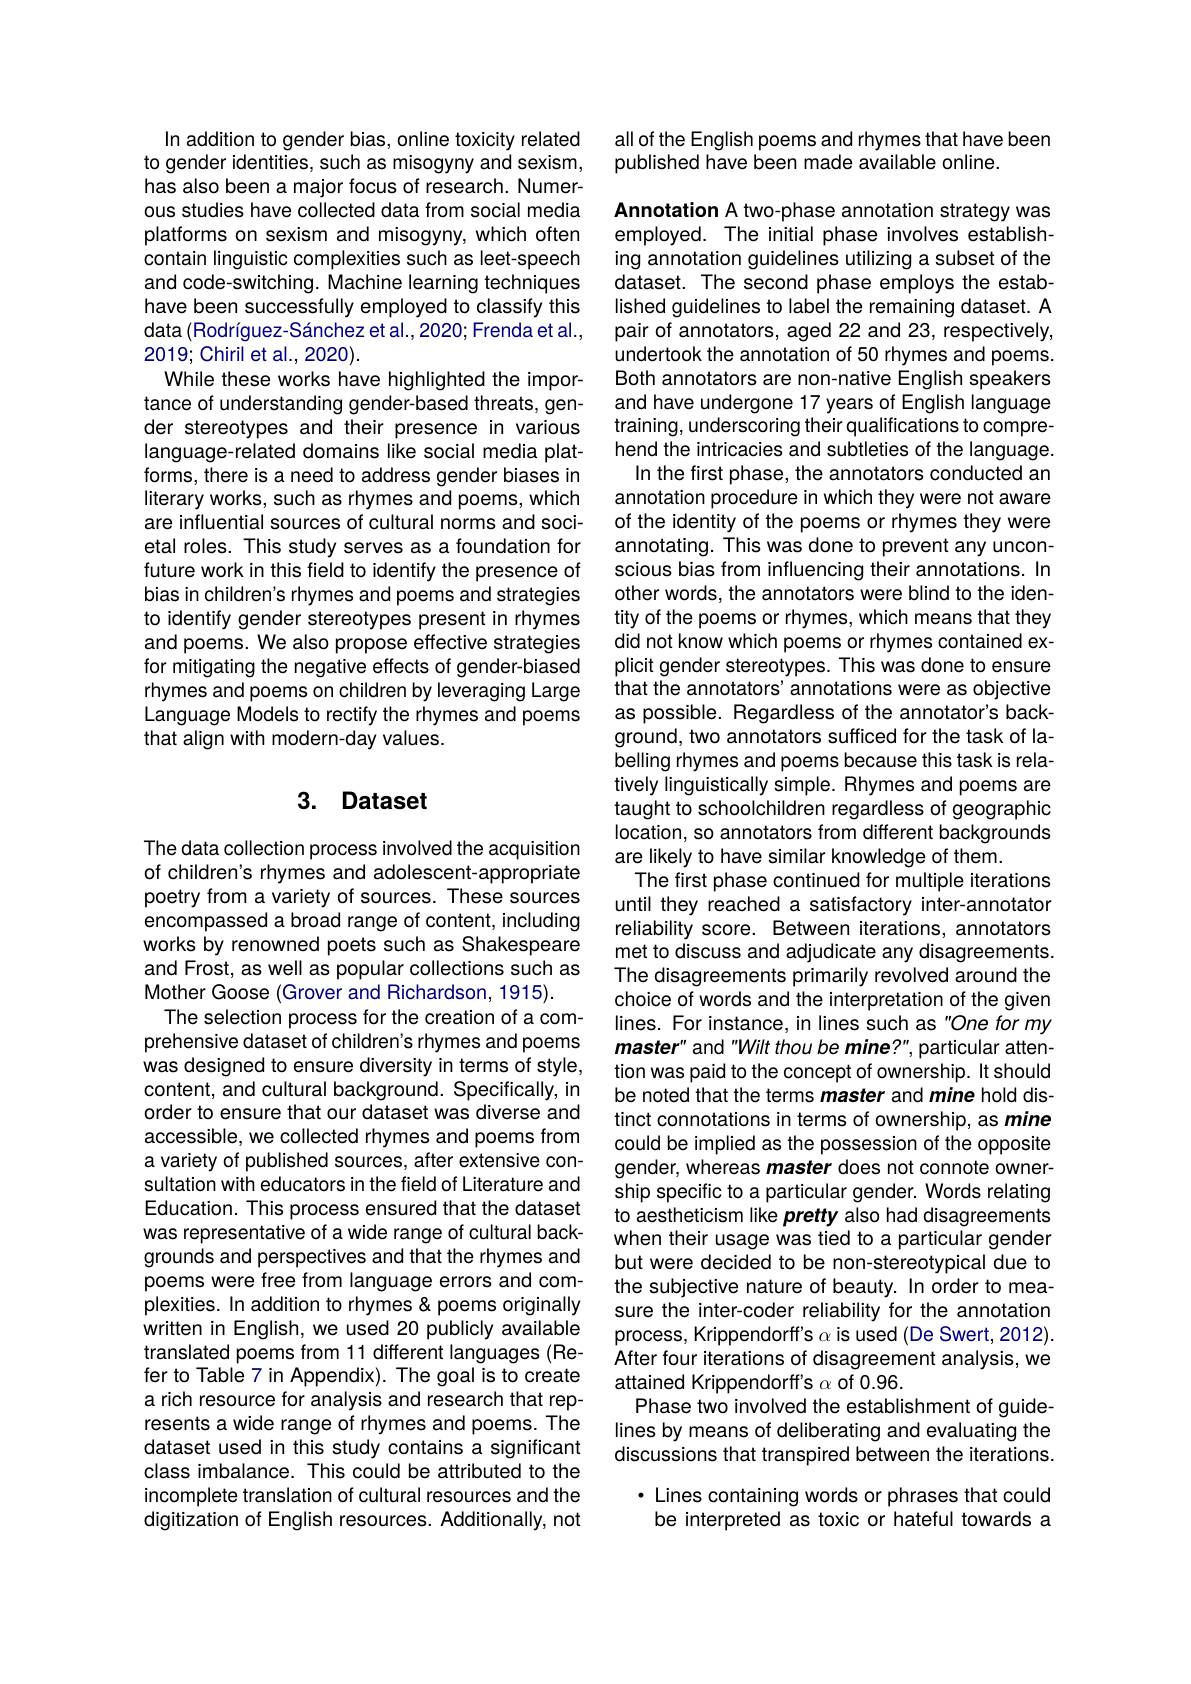
In addition to gender bias, online toxicity related to gender identities, such as misogyny and sexism, has also been a major focus of research. Numerous studies have collected data from social media platforms on sexism and misogyny, which often contain linguistic complexities such as leet-speech and code-switching. Machine learning techniques have been successfully employed to classify this data (Rodríguez-Sánchez et al.,2020; Frenda et al., 2019; Chiril et al., 2020).
While these works have highlighted the importance of understanding gender-based threats, gender stereotypes and their presence in various language-related domains like social media platforms, there is a need to address gender biases in literary works, such as rhymes and poems, which are influential sources of cultural norms and societal roles. This study serves as a foundation for future work in this field to identify the presence of bias in children's rhymes and poems and strategies to identify gender stereotypes present in rhymes and poems. We also propose effective strategies for mitigating the negative effects of gender-biased rhymes and poems on children by leveraging Large Language Models to rectify the rhymes and poems that align with modern-day values.

## 3. Dataset

The data collection process involved the acquisition of children's rhymes and adolescent-appropriate poetry from a variety of sources. These sources encompassed a broad range of content, including works by renowned poets such as Shakespeare and Frost, as well as popular collections such as Mother Goose (Grover and Richardson, 1915).
The selection process for the creation of a comprehensive dataset of children's rhymes and poems was designed to ensure diversity in terms of style, content, and cultural background. Specifically, in order to ensure that our dataset was diverse and accessible, we collected rhymes and poems from a variety of published sources, after extensive consultation with educators in the field of Literature and Education. This process ensured that the dataset was representative of a wide range of cultural backgrounds and perspectives and that the rhymes and poems were free from language errors and complexities. In addition to rhymes &poems originally written in English, we used 20 publicly available translated poems from 11 different languages (Refer to Table 7 in Appendix). The goal is to create a rich resource for analysis and research that represents a wide range of rhymes and poems. The dataset used in this study contains a significant class imbalance. This could be attributed to the incomplete translation of cultural resources and the digitization of English resources. Additionally, not

all of the English poems and rhymes that have been
published have been made available online.

Annotation A two-phase annotation strategy was employed. The initial phase involves establishing annotation guidelines utilizing a subset of the dataset. The second phase employs the established guidelines to label the remaining dataset. A pair of annotators, aged 22 and 23, respectively, undertook the annotation of 50 rhymes and poems. Both annotators are non-native English speakers and have undergone 17 years of English language training, underscoring their qualifications to comprehend the intricacies and subtleties of the language.
In the first phase, the annotators conducted an annotation procedure in which they were not aware of the identity of the poems or rhymes they were annotating. This was done to prevent any unconscious bias from influencing their annotations. In other words, the annotators were blind to the identity of the poems or rhymes, which means that they did not know which poems or rhymes contained explicit gender stereotypes. This was done to ensure that the annotators' annotations were as objective as possible. Regardless of the annotator's background, two annotators sufficed for the task of labelling rhymes and poems because this task is relatively linguistically simple. Rhymes and poems are taught to schoolchildren regardless of geographic location, so annotators from different backgrounds are likely to have similar knowledge of them.
The first phase continued for multiple iterations until they reached a satisfactory inter-annotator reliability score. Between iterations, annotators met to discuss and adjudicate any disagreements. The disagreements primarily revolved around the choice of words and the interpretation of the given lines. For instance, in lines such as "One for my $master"$ and "Wilt thou be mine?", particular attention was paid to the concept of ownership. It should be noted that the terms master and mine hold distinct connotations in terms of ownership, as mine could be implied as the possession of the opposite gender, whereas master does not connote ownership specific to a particular gender. Words relating to aestheticism like pretty also had disagreements when their usage was tied to a particular gender but were decided to be non-stereotypical due to the subjective nature of beauty. In order to measure the inter-coder reliability for the annotation process, Krippendorff's $\alpha$ is used (De Swert, 2012). After four iterations of disagreement analysis, we attained Krippendorff's $\alpha$ of 0.96.
Phase two involved the establishment of guidelines by means of deliberating and evaluating the discussions that transpired between the iterations.
$\cdot$ Lines containing words or phrases that could be interpreted as toxic or hateful towards a